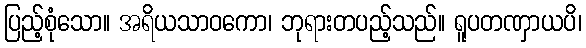
ပြည့်စုံသော။ အရိယသာဝကော၊ ဘုရားတပည့်သည်။ ရူပတဏှာယပိ၊